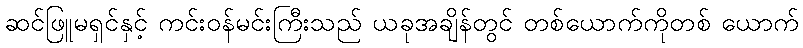
ဆင်ဖြူမရှင်နှင့် ကင်းဝန်မင်းကြီးသည် ယခုအချိန်တွင် တစ်ယောက်ကိုတစ် ယောက်